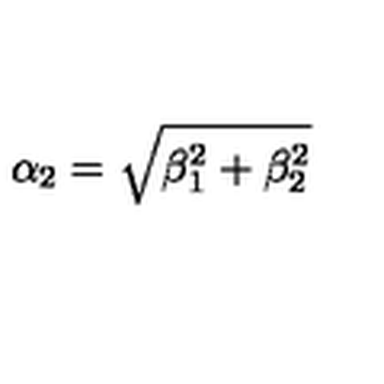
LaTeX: \alpha _ { 2 } = \sqrt { \beta _ { 1 } ^ { 2 } + \beta _ { 2 } ^ { 2 } }